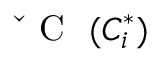
\mathrm { ~ \v ~ { ~ C ~ } ~ } ( C _ { i } ^ { * } )